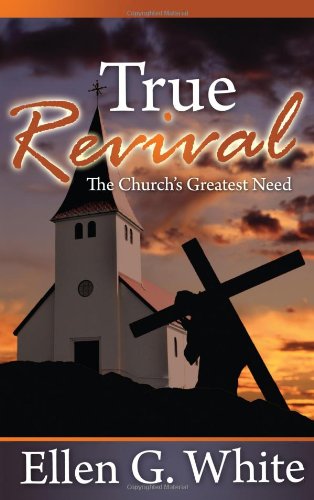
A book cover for True Revival: The Church's Greatest Need: Selections from the Writings of Ellen G. White; Ellen Gould Harmon White; Christian Books & Bibles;